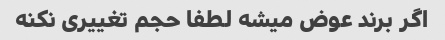
اگر برند عوض میشه لطفا حجم تغییری نکنه